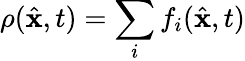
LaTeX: \rho(\hat{{\mathbf x}},t)=\sum_{i}f_{i}(\hat{{\mathbf x}},t)